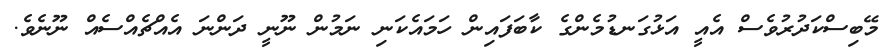
މޭބިސްކަދުރުވެސް އެއީ އަޅުގަނޑުމެންގެ ކާބަފައިން ހަމައެކަނި ނަމުން ނޫނީ ދަންނަ އެއްޗެއްސެއް ނޫނެވެ.